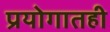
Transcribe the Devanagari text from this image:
प्रयोगातही